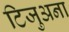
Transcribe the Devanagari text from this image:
टिजुअना